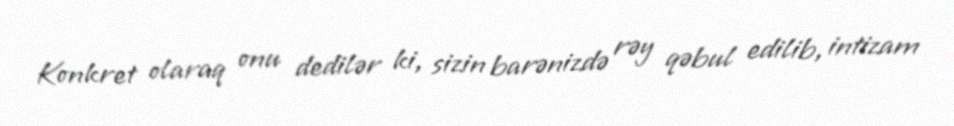
Konkret olaraq onu dedilər ki, sizin barənizdə rəy qəbul edilib, intizam